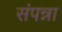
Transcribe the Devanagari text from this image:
संपन्ना